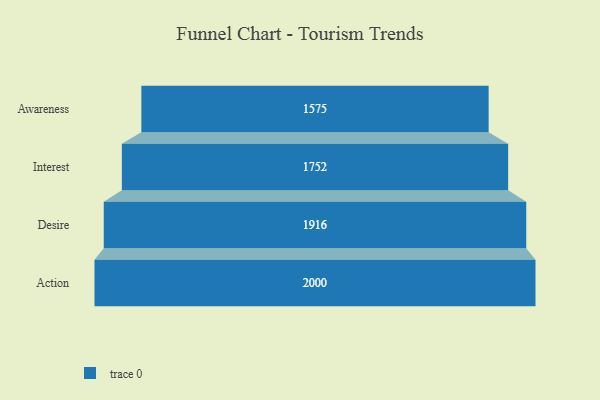
{"axis": {"x": "Stage", "y": "Value"}, "legend": [""], "data": [{"x": "Awareness", "y": 1575.0, "type": ""}, {"x": "Interest", "y": 1752.0, "type": ""}, {"x": "Desire", "y": 1916.0, "type": ""}, {"x": "Action", "y": 2000, "type": ""}]}